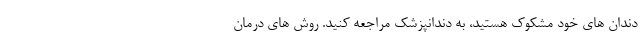
دندان های خود مشکوک هستید، به دندانپزشک مراجعه کنید. روش های درمان